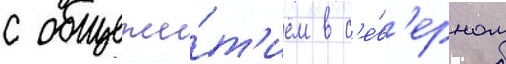
с общежи́т'ием в с'е́в'ерном